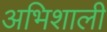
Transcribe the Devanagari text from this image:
अभिशाली